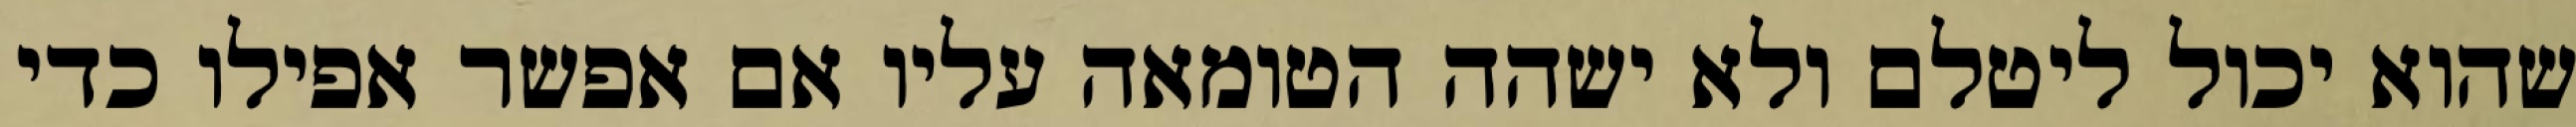
שהוא יכול ליטלם ולא ישהה הטומאה עליו אם אפשר אפילו כדי